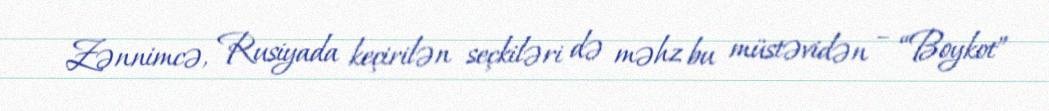
Zənnimcə, Rusiyada keçirilən seçkiləri də məhz bu müstəvidən – “Boykot”